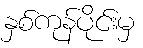
နှစ်ကုန်ပိုင်းမှ